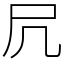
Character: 凥